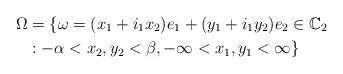
LaTeX: \begin{align*}\Omega & =\{\omega=(x_{1}+i_{1}x_{2})e_{1}+(y_{1}+i_{1}y_{2})e_{2}\in\mathbb{C}_{2} \\& :-\alpha<x_{2},y_{2}<\beta,-\infty<x_{1},y_{1}<\infty\}\end{align*}